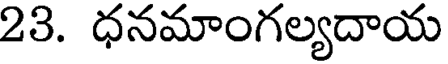
23. ధనమాంగల్యదాయ